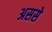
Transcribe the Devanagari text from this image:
अससे